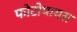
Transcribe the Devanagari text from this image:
फोटोपायस